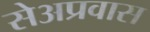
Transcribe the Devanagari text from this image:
सेअप्रवास